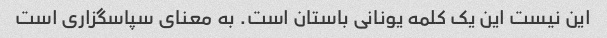
این نیست این یک کلمه یونانی باستان است. به معنای سپاسگزاری است